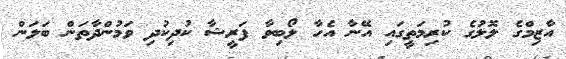
އާޒިމްގެ ލޮލުގެ ކުރިމަތީގައި އޭނާ އެހާ ލޯބިވާ ފަރީޝާ ކުދިކުދި ވަމުންދާތަން ބަލަން